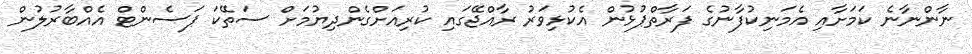
ނާންނާނެ ކަމަށާއި އެމަނިކުފާނުގެ ފަރާތްޕުޅުން އެކުޅިވަރު ރާއްޖޭގައި ކުރިއަށްގެންދިޔުމަށް ސަތޭކަ ޕަސެންޓް އެއްބާރުލުން